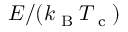
E / ( k _ { \textrm { B } } T _ { \textrm { c } } )